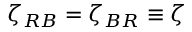
\zeta _ { R B } = \zeta _ { B R } \equiv \zeta